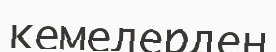
кемелерден